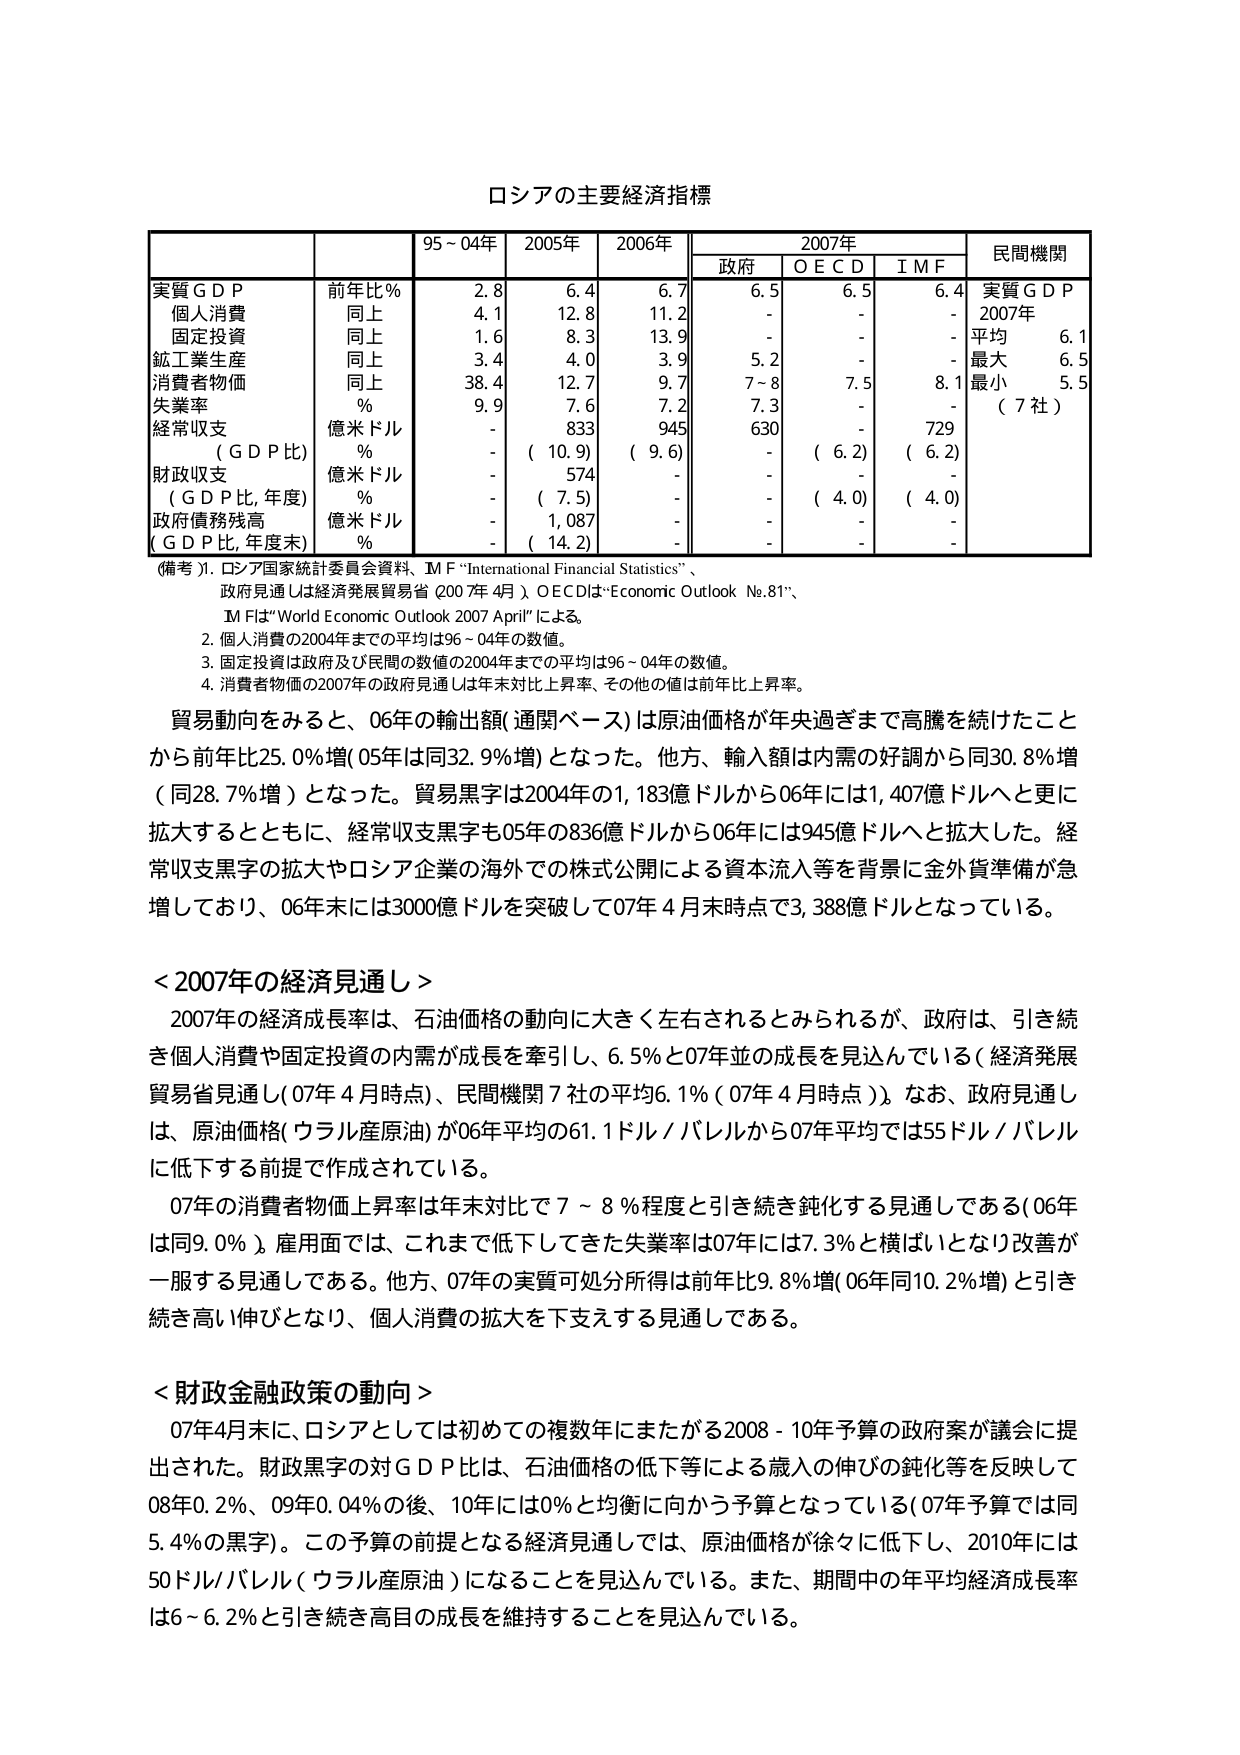
ロシアの主要経済指標

| | | 95～04年 | 2005年 | 2006年 | | 2007年 | | | 民間機関 |
|---|---|---|---|---|---|---|---|---|---|
| | | | | | | 政府 | O E C D | I M F | |
| 実質ＧＤＰ | 前年比％ | 2.8 | 6.4 | 6.7 | | 6.5 | 6.5 | 6.4 | 実質ＧＤＰ |
| 個人消費 | 同上 | 4.1 | 12.8 | 11.2 | | - | - | - | 2007年 |
| 固定投資 | 同上 | 1.6 | 8.3 | 13.9 | | - | - | - | 平均 6.1 |
| 鉱工業生産 | 同上 | 3.4 | 4.0 | 3.9 | | 5.2 | - | - | 最大 6.5 |
| 消費者物価 | 同上 | 38.4 | 12.7 | 9.7 | | 7～8 | 7.5 | 8.1 | 最小 5.5 |
| 失業率 | ％ | 9.9 | 7.6 | 7.2 | | 7.3 | - | - | （7社） |
| 経常収支 | 億米ドル | - | 833 | 945 | | 630 | - | 729 | |
| （ＧＤＰ比） | ％ | - | （10.9） | （9.6） | | - | （6.2） | （6.2） | |
| 財政収支 | 億米ドル | - | 574 | - | | - | - | - | |
| （ＧＤＰ比，年度） | ％ | - | （7.5） | - | | - | （4.0） | （4.0） | |
| 政府債務残高 | 億米ドル | - | 1,087 | - | | - | - | - | |
| （ＧＤＰ比，年度末） | ％ | - | （14.2） | - | | - | - | - | |

（備考）1. ロシア国家統計委員会資料、ＩＭＦ“International Financial Statistics”、
政府見通しは経済発展貿易省（2007年4月）、ＯＥＣＤは“Economic Outlook No.81”、
ＩＭＦは“World Economic Outlook 2007 April”による。
2. 個人消費の2004年までの平均は96～04年の数値。
3. 固定投資は政府及び民間の数値の2004年までの平均は96～04年の数値。
4. 消費者物価の2007年の政府見通しは年末対比上昇率、その他の値は前年比上昇率。

貿易動向をみると、06年の輸出額（通関ベース）は原油価格が年央過ぎまで高騰を続けたことから前年比25.0％増（05年は同32.9％増）となった。他方、輸入額は内需の好調から同30.8％増（同28.7％増）となった。貿易黒字は2004年の1,183億ドルから06年には1,407億ドルへと更に拡大するとともに、経常収支黒字も05年の836億ドルから06年には945億ドルへと拡大した。経常収支黒字の拡大やロシア企業の海外での株式公開による資本流入等を背景に金外貨準備が急増しており、06年末には3000億ドルを突破して07年4月末時点で3,388億ドルとなっている。

＜2007年の経済見通し＞
2007年の経済成長率は、石油価格の動向に大きく左右されるとみられるが、政府は、引き続き個人消費や固定投資の内需が成長を牽引し、6.5％と07年並の成長を見込んでいる（経済発展貿易省見通し（07年4月時点）、民間機関7社の平均6.1％（07年4月時点））。なお、政府見通しは、原油価格（ウラル産原油）が06年平均の61.1ドル／バレルから07年平均では55ドル／バレルに低下する前提で作成されている。
07年の消費者物価上昇率は年末対比で7～8％程度と引き続き鈍化する見通しである（06年は同9.0％）。雇用面では、これまで低下してきた失業率は07年には7.3％と横ばいとなり改善が一服する見通しである。他方、07年の実質可処分所得は前年比9.8％増（06年同10.2％増）と引き続き高い伸びとなり、個人消費の拡大を下支えする見通しである。

＜財政金融政策の動向＞
07年4月末に、ロシアとしては初めての複数年にまたがる2008-10年予算の政府案が議会に提出された。財政黒字の対ＧＤＰ比は、石油価格の低下等による歳入の伸びの鈍化等を反映して08年0.2％、09年0.04％の後、10年には0％と均衡に向かう予算となっている（07年予算では同5.4％の黒字）。この予算の前提となる経済見通しでは、原油価格が徐々に低下し、2010年には50ドル／バレル（ウラル産原油）になることを見込んでいる。また、期間中の年平均経済成長率は6～6.2％と引き続き高目の成長を維持することを見込んでいる。